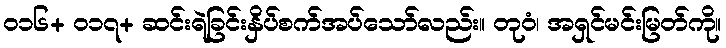
၀၁၆+ ၀၁၇+ ဆင်းရဲခြင်းနှိပ်စက်အပ်သော်လည်း။ တုဝံ၊ အရှင်မင်းမြတ်ကို။